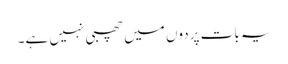
یہ بات پردوں میں چھبی نہیں ہے۔